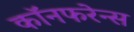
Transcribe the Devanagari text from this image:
कॉनफरेन्स